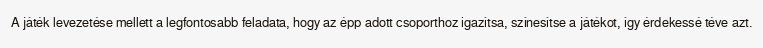
A játék levezetése mellett a legfontosabb feladata, hogy az épp adott csoporthoz igazítsa, színesítse a játékot, így érdekessé téve azt.